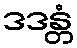
ဒဒန္တံ